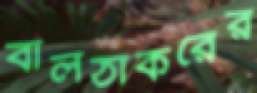
বালঠাকরের